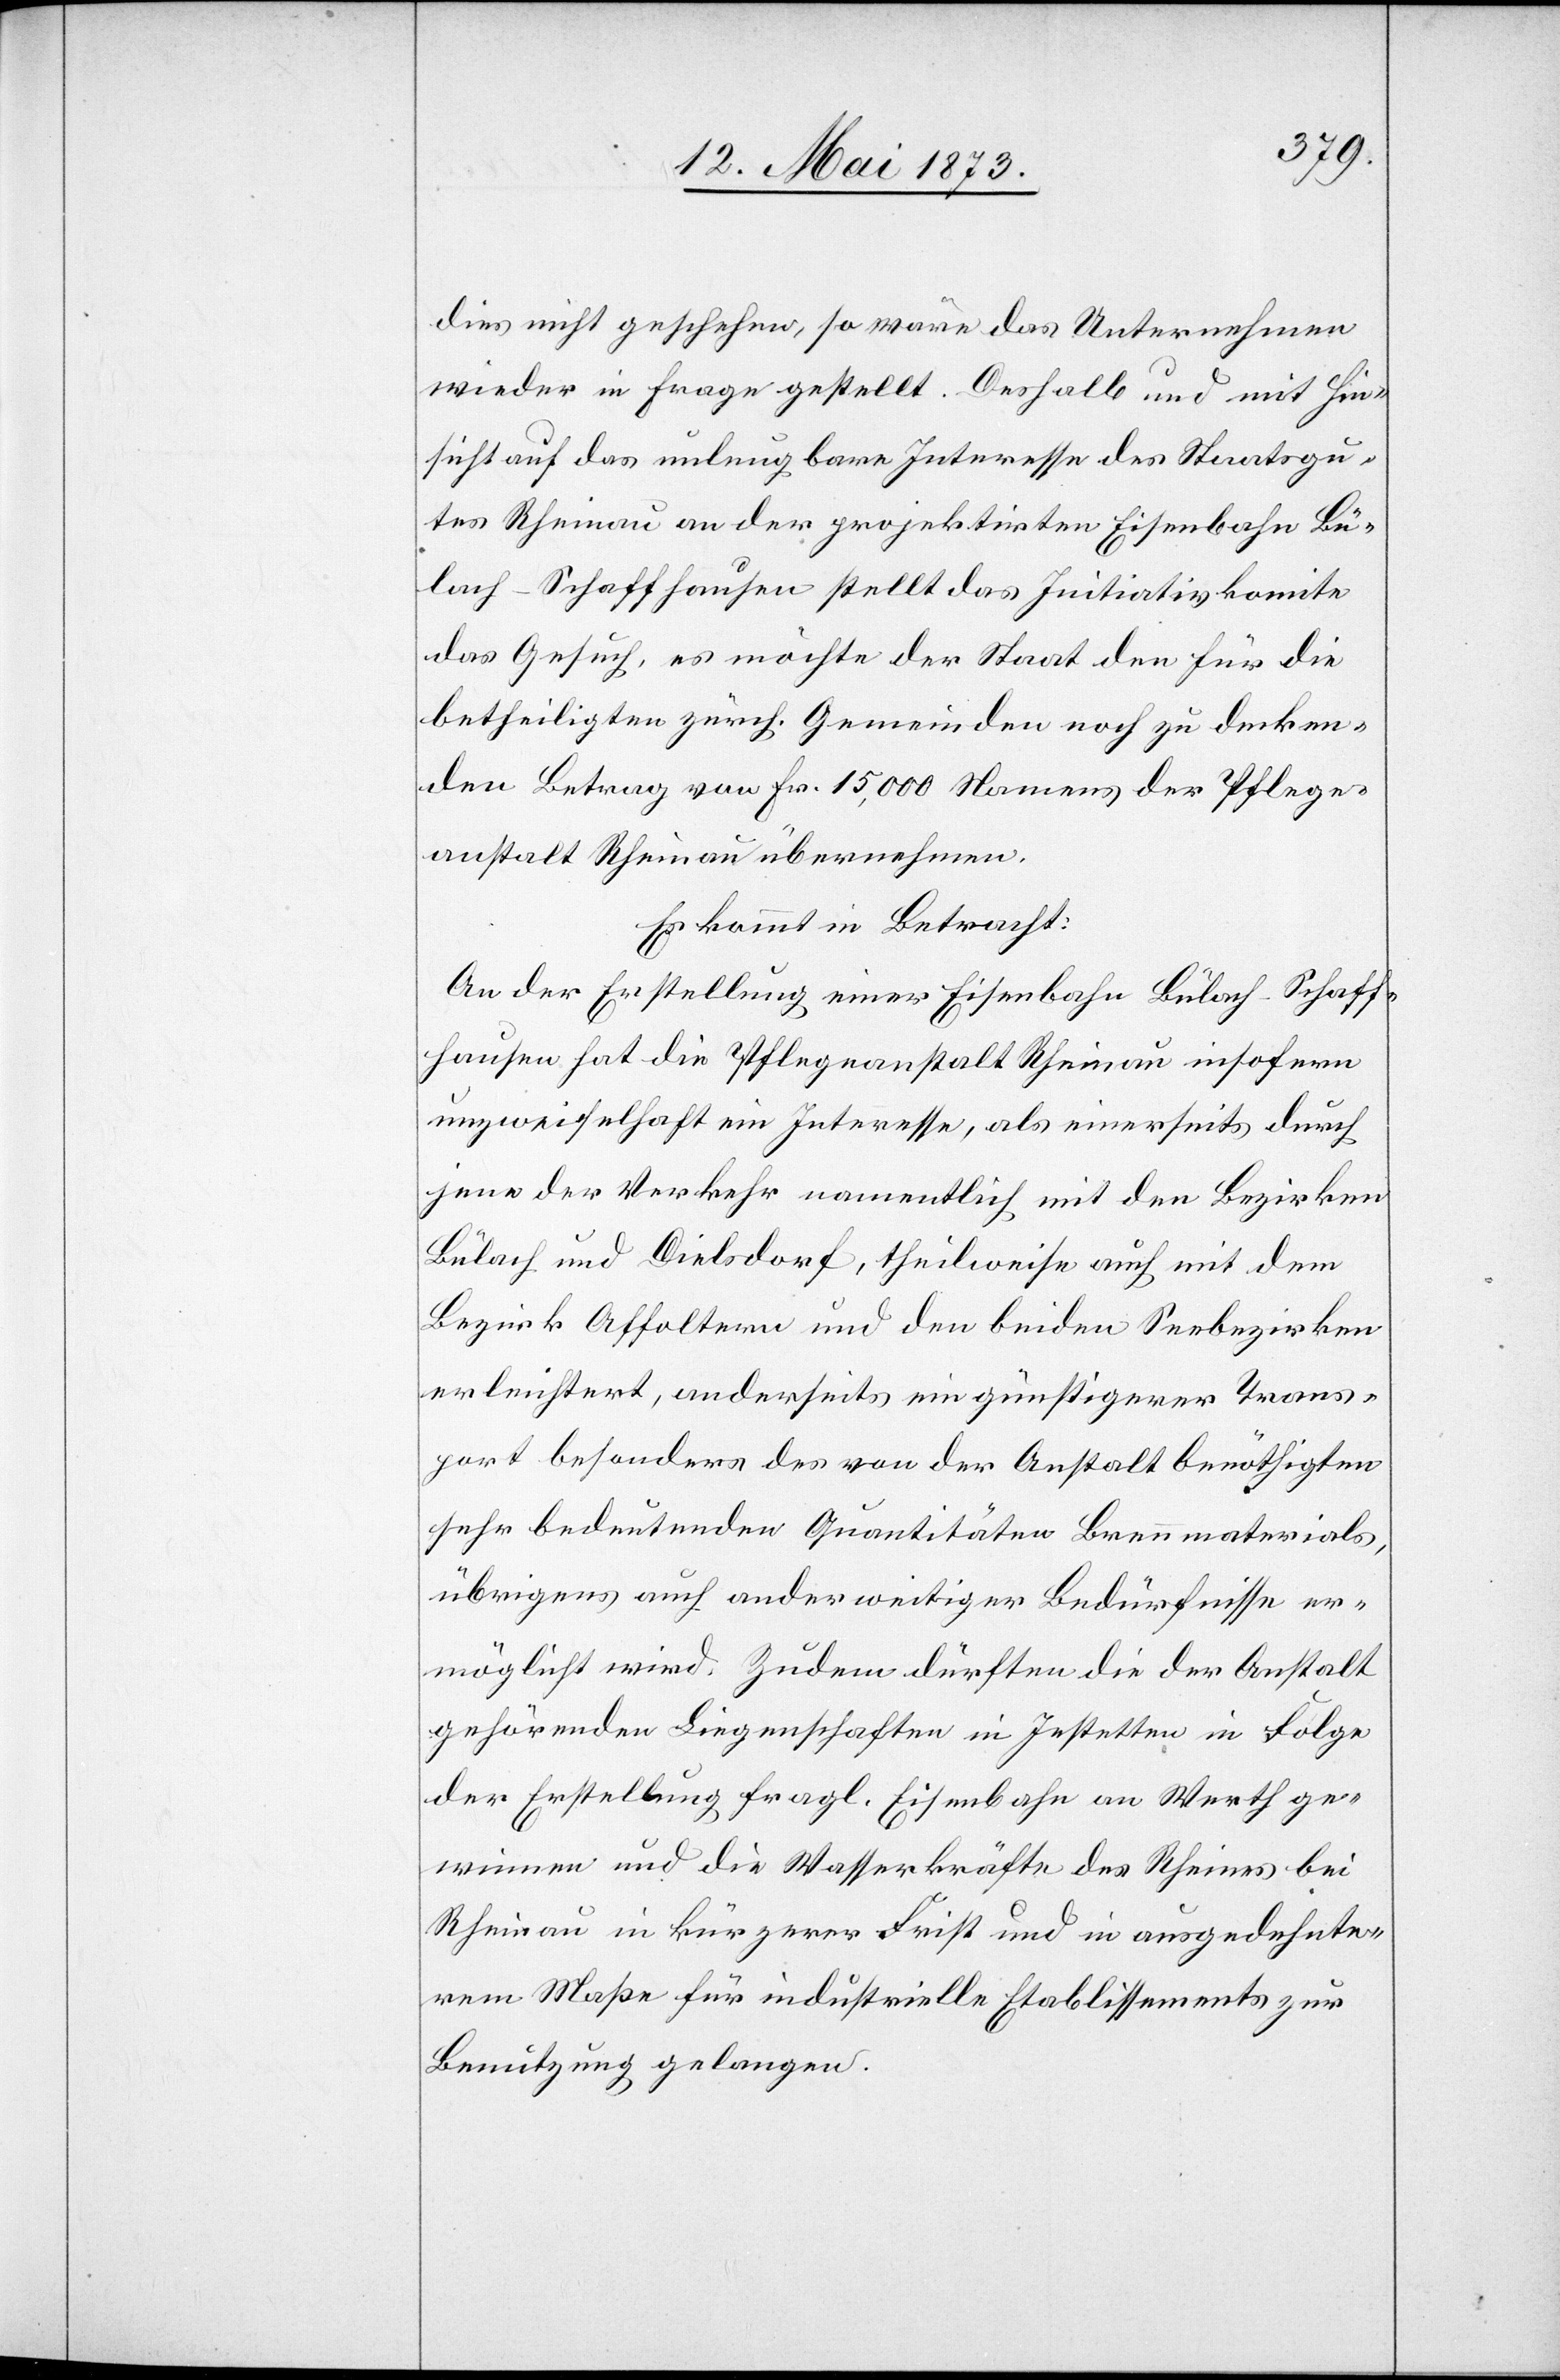
dies nicht geschehen, so wäre das Unternehmen
wieder in Frage gestellt. Deshalb und mit Hin¬
sicht auf das unleugbare Interesse des Staatsgu¬
tes Rheinau an der projektirten Eisenbahn Bü¬
lach–Schaffhausen stellt das Initiativkomite
das Gesuch, es möchte der Staat den für die
betheiligten zürch. Gemeinden noch zu decken¬
den Betrag von Fr. 15,000 Namens der Pflege¬
anstalt Rheinau übernehmen.
Es kommt in Betracht:
An der Erstellung einer Eisenbahn Bülach–Schaff¬
hausen hat die Pflegeanstalt Rheinau insofern
unzweifelhaft ein Interesse, als einerseits durch
jene der Verkehr namentlich mit den Bezirken
Bülach und Dielsdorf, theilweise auch mit dem
Bezirk Affoltern und den beiden Seebezirken
erleichtert, anderseits ein günstigerer Trans¬
port besonders des von der Anstalt benöthigten
sehr bedeutenden Quantitäten Brennmaterials,
übrigens auch anderweitiger Bedürfnisse er¬
möglicht wird. Zudem dürften die der Anstalt
gehörenden Liegenschaften in Jestetten in Folge
der Erstellung fragl. Eisenbahn an Werth ge¬
winnen und die Wasserkräfte des Rheins bei
Rheinau in kürzerer Frist und in ausgedehnte¬
rem Maße für industrielle Etablissements zur
Benutzung gelangen.